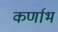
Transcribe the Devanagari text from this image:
कर्णाभ